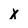
Character: X